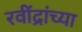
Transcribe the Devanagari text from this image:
रवींद्रांच्या